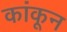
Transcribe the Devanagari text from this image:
कांकून